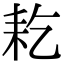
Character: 䎢